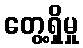
တွေ့ရှိမှု